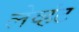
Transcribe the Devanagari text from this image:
लेव्हंट